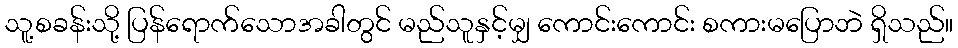
သူ့စခန်းသို့ ပြန်ရောက်သောအခါတွင် မည်သူနှင့်မျှ ကောင်းကောင်း စကားမပြောဘဲ ရှိသည်။